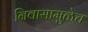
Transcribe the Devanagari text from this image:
निवासामुळेच